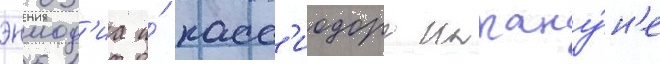
эннод'иа и́ касс'иодора накану́н'е